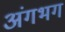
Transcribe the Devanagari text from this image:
अंगभग